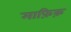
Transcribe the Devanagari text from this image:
माफ़िक़